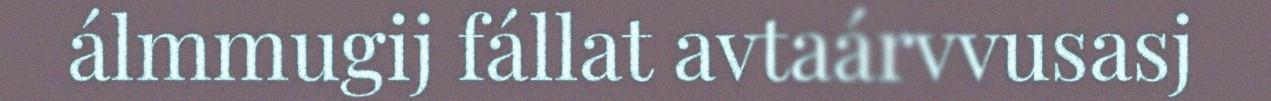
álmmugij fállat avtaárvvusasj